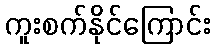
ကူးစက်နိုင်ကြောင်း